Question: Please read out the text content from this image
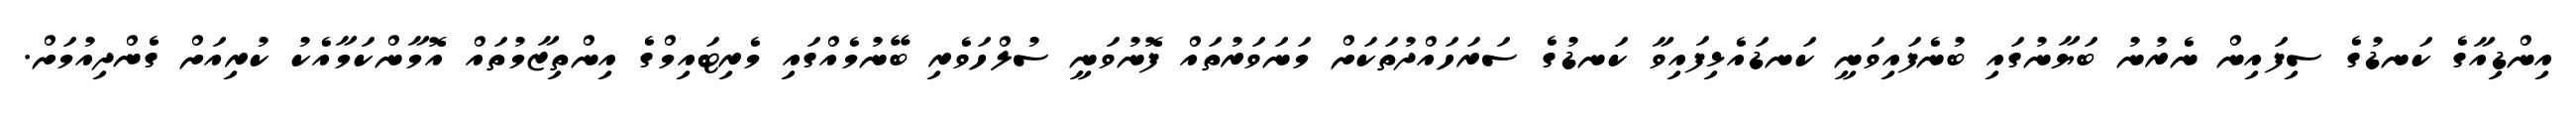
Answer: އިންޑިއާގެ ކަނޑުގެ ސިފައިން ނެރުނު ބަޔާނުގައި ބުނެފައިވަނީ ކަނޑައެޅިފައިވާ ކަނޑުގެ ސަރަހައްދުތަކަށް މަނަވަރުތައް ފޮނުވަނީ ސުލްހަވެރި ބޭނުމެއްގައި މެރިޓައިމްގެ އިންތިޒާމުތައް އޮމާންކަމާއެކު ކުރިއަށް ގެންދިއުމަށް.